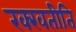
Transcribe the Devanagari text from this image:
रक्खतीति